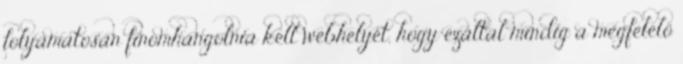
folyamatosan finomhangolnia kell webhelyét, hogy ezáltal mindig a megfelelő